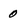
Character: 0